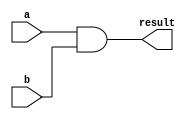
`timescale 1 ns / 1 ps

module ander (a, b, result);

  input a,b;
  output result;

  assign result = a & b;

endmodule